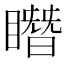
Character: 䁮